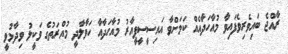
ރާއްޖެ ބައިވެރިވެފައިވާ މުއާހަދާއެއް ކަމަށްވާ އައިސީސީޕީއާރު މުއާހަދާއާ ހަވާލާދީ މުއްރަތުގެ ވަކީލު ވިދާޅުވީ